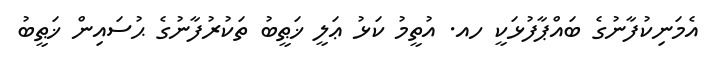
އެމަނިކުފާނުގެ ބައްޕާފުޅަކީ ހއ. އުތީމު ކަޅު ޢަލީ ޚަޠީބު ތަކުރުފާނުގެ ޙުސައިން ޚަޠީބު